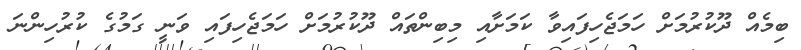
ބިމެއް ދޫކުރުމަށް ހަމަޖެހިފައިވާ ކަމަށާއި މިބިންތައް ދޫކުރުމަށް ހަމަޖެހިފައި ވަނީ ގަމުގެ ކުރުހިންނަ